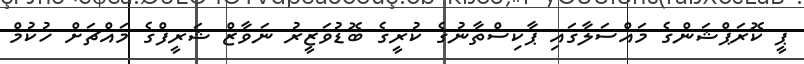
ޕީ ކޮރަޕްޝަންގެ މައްސަލާގައި ޕާކިސްތާނުގެ ކުރީގެ ބޮޑުވަޒީރު ނަވާޒް ޝަރީފްގެ މައްޗަށް ހުކުމް